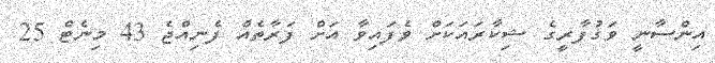
އިންސާނީ ވަގުފާރީގެ ޝިކާރައަކަށް ވެފައިވާ އަށް ފަރާތެއް ފެނިއްޖެ 43 މިނެޓް 25